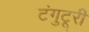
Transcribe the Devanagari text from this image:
टंगुटूरी